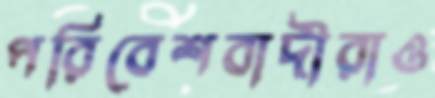
পরিবেশবাদীরাও